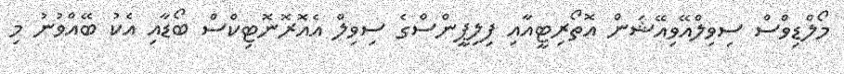
މޯލްޑިވްސް ސިވިލްއޭވިއޭޝަން އޮތޯރިޓީއާއި ފިލިޕީންސްގެ ސިވިލް އެއޮރޮނޮޓިކްސް ބޯޑާއި އެކު ބޭއްވުނު މި